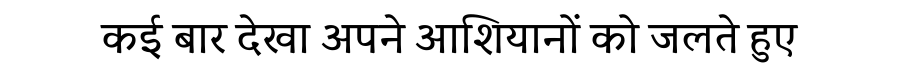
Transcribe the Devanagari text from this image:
कई बार देखा अपने आशियानों को जलते हुए